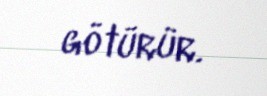
götürür.